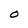
Character: O